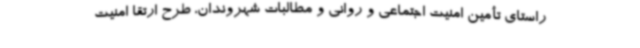
راستای تأمین امنیت اجتماعی و روانی و مطالبات شهروندان، طرح ارتقا امنیت